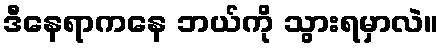
ဒီနေရာကနေ ဘယ်ကို သွားရမှာလဲ။